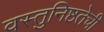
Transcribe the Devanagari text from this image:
वस्तुनिष्ठतेची